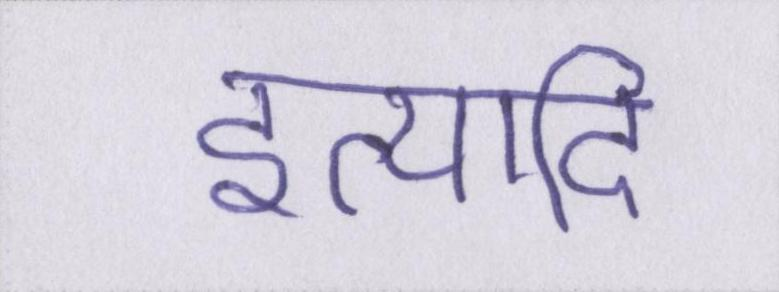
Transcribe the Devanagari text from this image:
इत्यादि